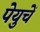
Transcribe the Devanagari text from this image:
पेयुचें